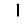
Digit: 1